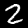
Label: 2